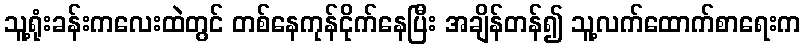
သူ့ရုံးခန်းကလေးထဲတွင် တစ်နေကုန်ငိုက်နေပြီး အချိန်တန်၍ သူ့လက်ထောက်စာရေးက